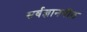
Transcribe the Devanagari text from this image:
सर्वज्ञानपीठ